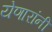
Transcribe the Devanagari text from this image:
येणारांनी